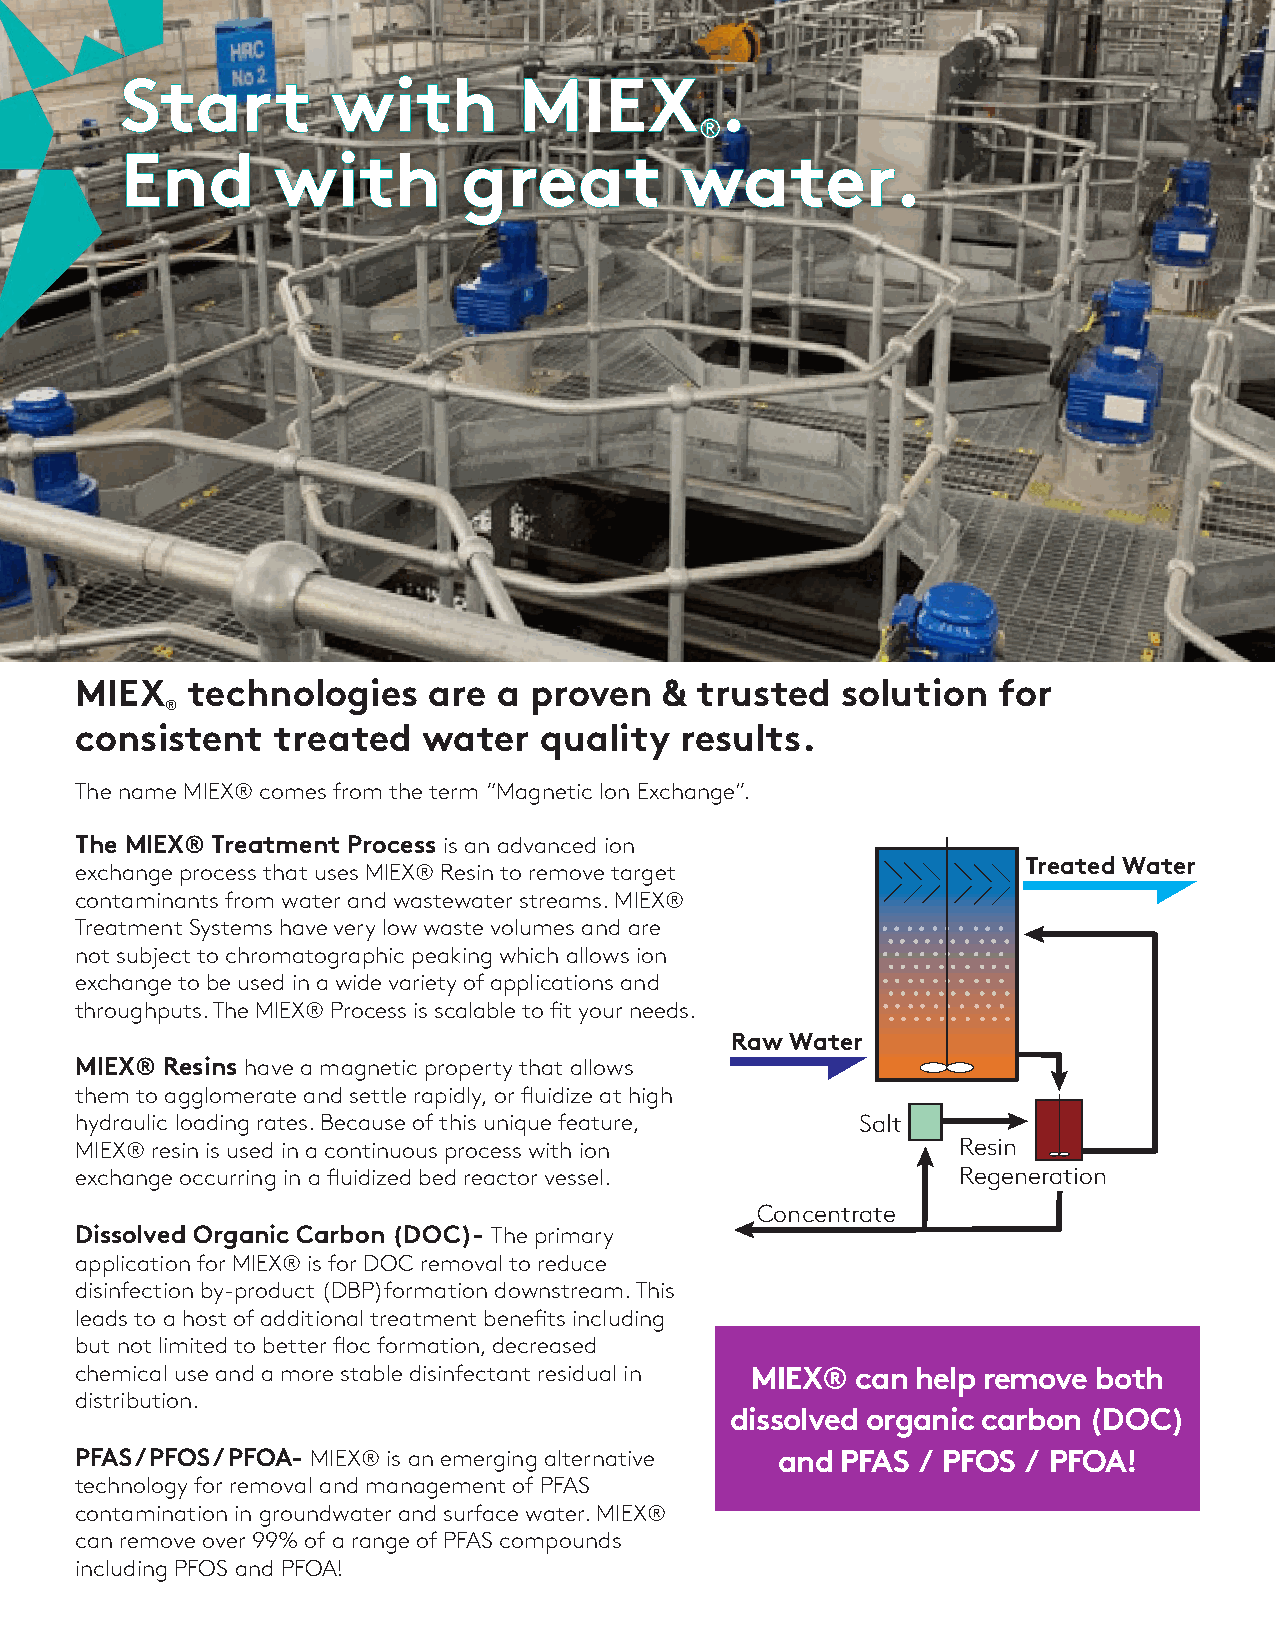
SSttaarrtt    wwiitthh    MMIIEEXX      ..
 ®®
 EEnndd    wwiitthh     ggrreeaatt    wwaatteerr..
 MIEX   technologies    are  a proven   & trusted   solution  for
 ®
 consistent   treated   water   quality  results.
 The name MIEX® comes from the term “Magnetic Ion ExchangTeh”. e MIEX Process
 ®
 The MIEX® Treatment Process is an advanced ion
 Treated Water
 exchange process that uses MIEX® Resin to remove target
 contaminants from water and wastewater streams. MIEX®
 Treatment Systems have very low waste volumes and are
 not subject to chromatographic peaking which allows ion
 exchange to be used in a wide variety of applications and
 throughputs. The MIEX® Process is scalable to fit your needs.
 Raw Water
 MIEX® Resins have a magnetic property that allows
 them to agglomerate and settle rapidly, or fluidize at high
 hydraulic loading rates. Because of this unique feature, Salt
 MIEX® resin is used in a continuous process with ion       Resin
 exchange occurring in a fluidized bed reactor vessel.      Regeneration
 Concentrate
 Dissolved Organic Carbon (DOC)- The primary
 application for MIEX® is for DOC removal to reduce
 disinfection by-product (DBP)formation downstream. This
 leads to a host of additional treatment benefits including
 but not limited to better floc formation, decreased
 chemical use and a more stable disinfectant residual in MIEX® can help remove both
 distribution.
 dissolved organic carbon (DOC)
 PFAS / PFOS / PFOA- MIEX® is an emerging alternative and PFAS / PFOS / PFOA!
 technology for removal and management of PFAS
 contamination in groundwater and surface water. MIEX®
 can remove over 99% of a range of PFAS compounds
 including PFOS and PFOA!